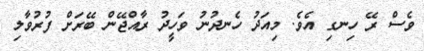
ވެސް ރޭ ހިނގި އެވެ. މިއަދު ހެނދުނު ވަހީދު ރާއްޖޭން ބޭރަށް ފުރުވާލި